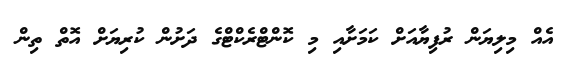
އެއް މިލިޔަން ރުފިޔާއަށް ކަމަށާއި މި ކޮންޓްރެކްޓްގެ ދަށުން ކުރިޔަށް އޮތް ތިން